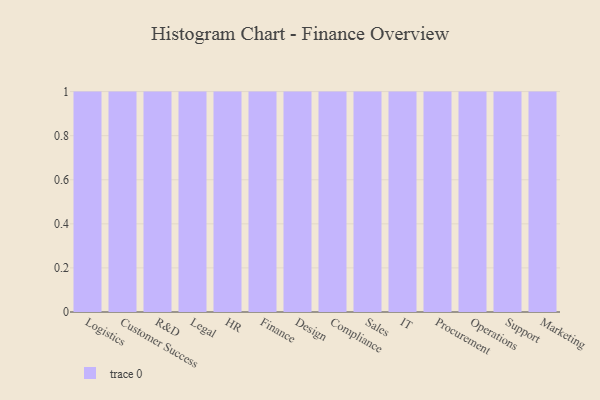
{"axis": {"x": "Department", "y": "Page Views"}, "legend": [""], "data": [{"x": "Logistics", "y": 40, "type": ""}, {"x": "Customer Success", "y": 75, "type": ""}, {"x": "R&D", "y": 50, "type": ""}, {"x": "Legal", "y": 88, "type": ""}, {"x": "HR", "y": 83, "type": ""}, {"x": "Finance", "y": 99, "type": ""}, {"x": "Design", "y": 38, "type": ""}, {"x": "Compliance", "y": 1, "type": ""}, {"x": "Sales", "y": 81, "type": ""}, {"x": "IT", "y": 59, "type": ""}, {"x": "Procurement", "y": 6, "type": ""}, {"x": "Operations", "y": 77, "type": ""}, {"x": "Support", "y": 44, "type": ""}, {"x": "Marketing", "y": 66, "type": ""}]}